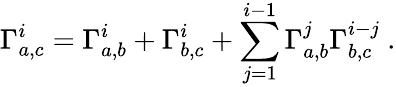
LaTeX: \Gamma_{a,c}^{i}=\Gamma_{a,b}^{i}+\Gamma_{b,c}^{i}+\sum_{j=1}^{i-1}\Gamma_{a,b}^{j}\Gamma_{b,c}^{i-j}~.